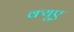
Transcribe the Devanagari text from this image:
क्यूए